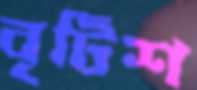
বৃটিশ